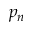
p _ { n }